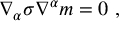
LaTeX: \nabla _ { \alpha } \sigma \nabla ^ { \alpha } m = 0 ~ ,